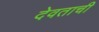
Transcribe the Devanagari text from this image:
देवताची